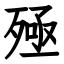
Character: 殛